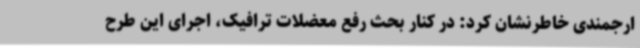
ارجمندی خاطرنشان کرد: در کنار بحث رفع معضلات ترافیک، اجرای این طرح